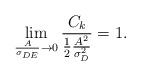
LaTeX: \begin{align*}\lim_{\frac{A}{\sigma_{DE}} \to 0} \frac{C_k}{\frac{1}{2} \frac{A^2}{\sigma_{D}^2}}=1.\end{align*}